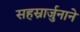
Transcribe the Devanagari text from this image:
सहस्रार्जुनाने